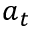
a _ { t }